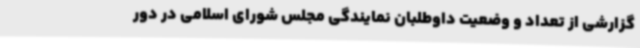
گزارشی از تعداد و وضعیت داوطلبان نمایندگی مجلس شورای اسلامی در دور